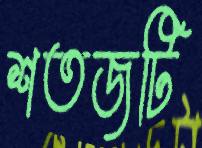
শতজটি